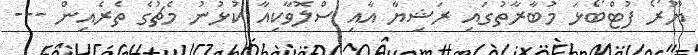
ޔޫރޯ ފުޓްބޯޅަ މުބާރާތުގައި ރަޝިޔާ އާއި ސްލޮވާކިއާ ކުޅުނު މެޗުގެ ތެރެއިން ---